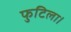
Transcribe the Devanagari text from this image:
फुटिला।